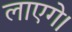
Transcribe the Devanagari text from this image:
लाएगे।